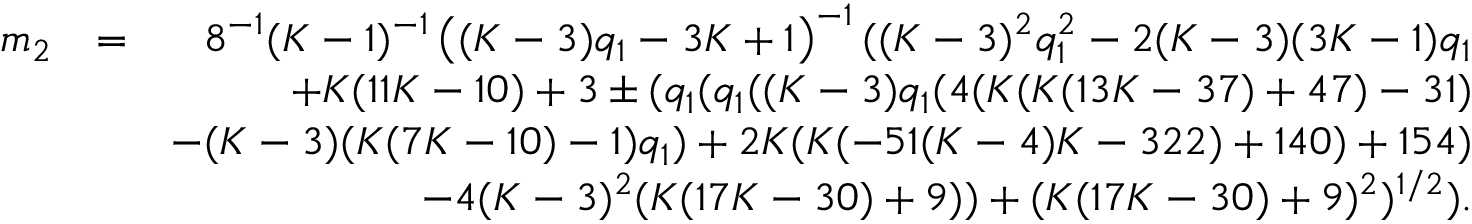
\begin{array} { r l r } { m _ { 2 } } & { = } & { 8 ^ { - 1 } ( K - 1 ) ^ { - 1 } \left( ( K - 3 ) q _ { 1 } - 3 K + 1 \right) ^ { - 1 } ( ( K - 3 ) ^ { 2 } q _ { 1 } ^ { 2 } - 2 ( K - 3 ) ( 3 K - 1 ) q _ { 1 } } \\ & { } & { + K ( 1 1 K - 1 0 ) + 3 \pm ( q _ { 1 } ( q _ { 1 } ( ( K - 3 ) q _ { 1 } ( 4 ( K ( K ( 1 3 K - 3 7 ) + 4 7 ) - 3 1 ) } \\ & { } & { - ( K - 3 ) ( K ( 7 K - 1 0 ) - 1 ) q _ { 1 } ) + 2 K ( K ( - 5 1 ( K - 4 ) K - 3 2 2 ) + 1 4 0 ) + 1 5 4 ) } \\ & { } & { - 4 ( K - 3 ) ^ { 2 } ( K ( 1 7 K - 3 0 ) + 9 ) ) + ( K ( 1 7 K - 3 0 ) + 9 ) ^ { 2 } ) ^ { 1 / 2 } ) . } \end{array}